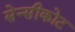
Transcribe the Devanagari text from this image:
सेन्सीकोट